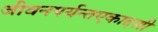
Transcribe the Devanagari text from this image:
जीवनपर्यन्तएकादशी